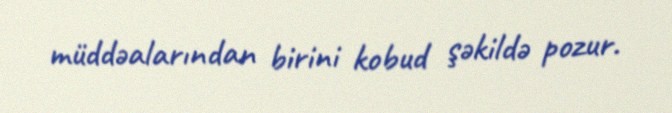
müddəalarından birini kobud şəkildə pozur.